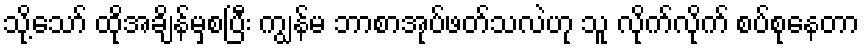
သို့သော် ထိုအချိန်မှစပြီး ကျွန်မ ဘာစာအုပ်ဖတ်သလဲဟု သူ လိုက်လိုက် စပ်စုနေတာ